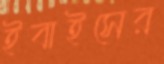
ইবাইসের